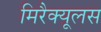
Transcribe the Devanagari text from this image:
मिरैक्यूलस